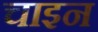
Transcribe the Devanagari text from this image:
चाइन